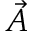
\vec { A }